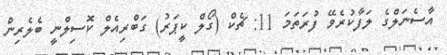
އާސެނަލްގެ ލަފާކުރެވޭ ފުރަތަމަ 11: ޗެކް (ގޯލް ކީޕަރު) ގަބްރިއެލް ކޮސިލްނީ ބެލެރިން